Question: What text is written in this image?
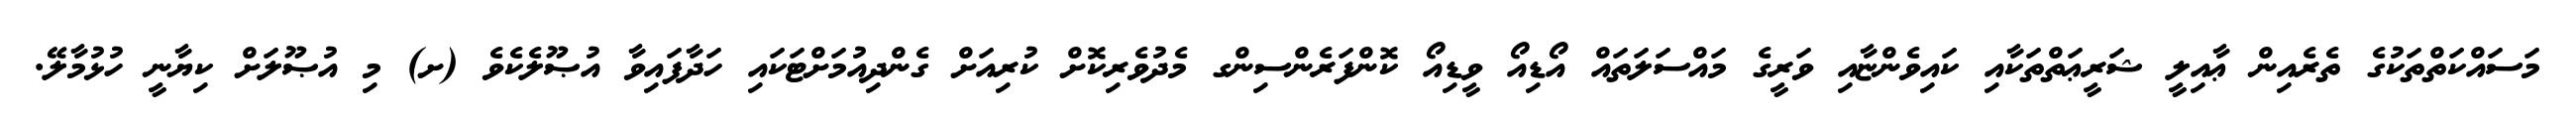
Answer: މަސައްކަތްތަކުގެ ތެރެއިން ޢާއިލީ ޝަރީޢަތްތަކާއި ކައިވެންޏާއި ވަރީގެ މައްސަލަތައް އޯޑިއޯ ވީޑިއޯ ކޮންފަރެންސިންގ މެދުވެރިކޮށް ކުރިއަށް ގެންދިއުމަށްޓަކައި ހަދާފައިވާ އުޞޫލެކެވެ (ށ) މި އުޞޫލަށް ކިޔާނީ ހުޅުމާލޭ.